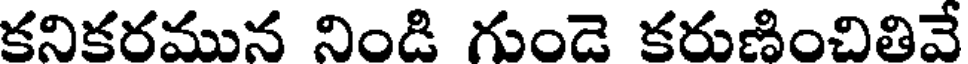
కనికరమున నిండి గుండె కరుణించితివే